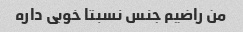
من راضیم جنس نسبتا خوبی داره